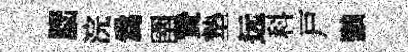
𦛁浣爲圉贄墊远科戸黜